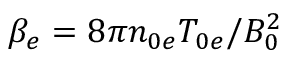
\beta _ { e } = 8 \pi n _ { 0 e } T _ { 0 e } / B _ { 0 } ^ { 2 }